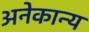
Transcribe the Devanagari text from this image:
अनेकान्य